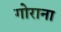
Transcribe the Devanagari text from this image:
गोराना